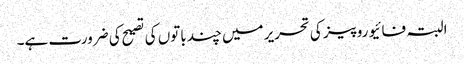
البتہ فائیو روپیز کی تحریر میں چند باتوں کی تصیح کی ضرورت ہے۔